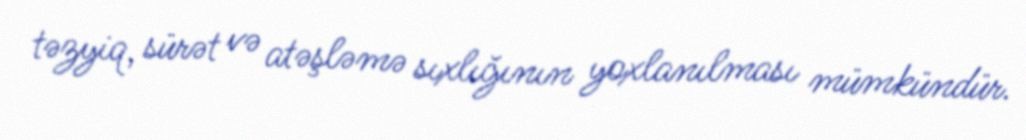
təzyiq, sürət və atəşləmə sıxlığının yoxlanılması mümkündür.